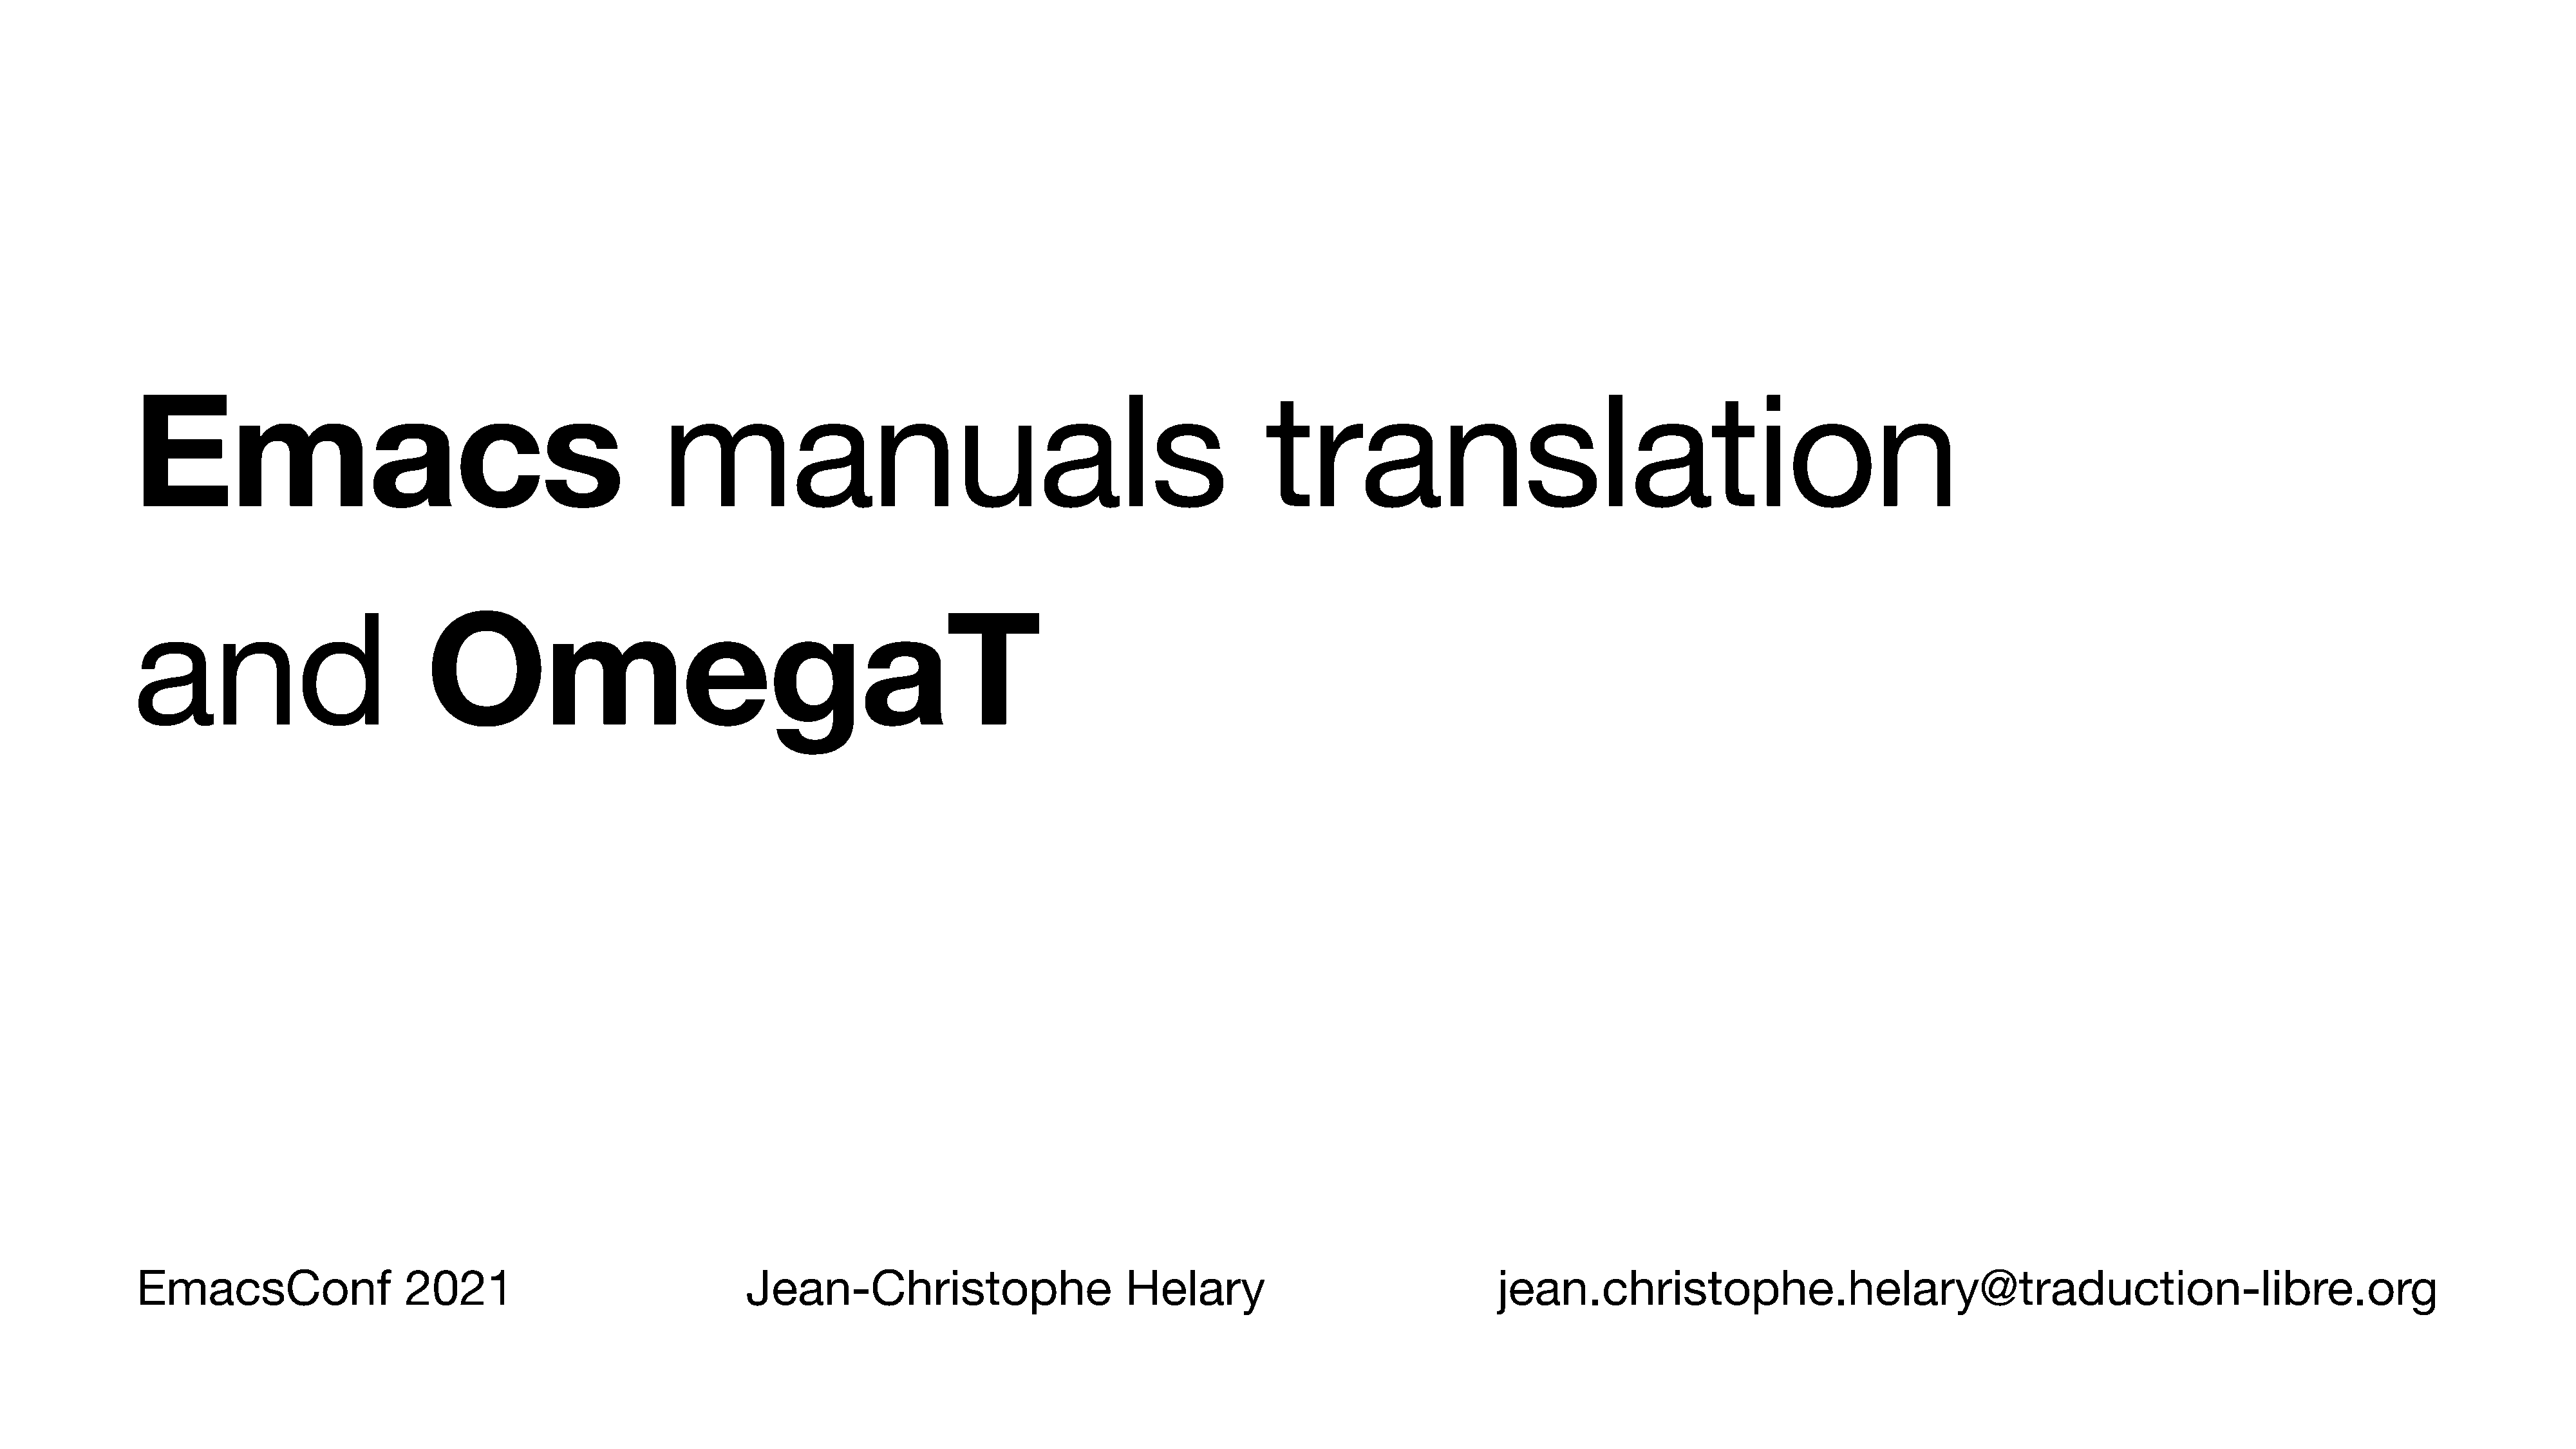
Emacs                                                 manuals                                                       translation
 and                           OmegaT
 EmacsConf                   2021                               Jean-Christophe                        Helary                                jean.christophe.helary@traduction-libre.org